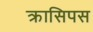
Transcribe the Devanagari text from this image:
क्रासिपस